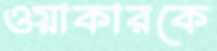
ওয়াকারকে